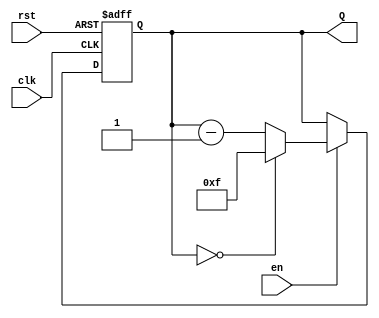
module binary_down_counter #(
    parameter N = 4 // Number of bits for the counter
)(
    input wire clk,      // Clock signal
    input wire rst,      // Asynchronous reset signal
    input wire en,       // Enable signal
    output reg [N-1:0] Q // Current count value
);

// Maximum count value
localparam MAX_COUNT = (1 << N) - 1; // 2^N - 1

always @(posedge clk or posedge rst) begin
    if (rst) begin
        // Reset the counter to maximum value
        Q <= MAX_COUNT;
    end else if (en) begin
        // Decrement the counter
        if (Q == 0) begin
            Q <= MAX_COUNT; // Wrap around
        end else begin
            Q <= Q - 1; // Decrement by 1
        end
    end
    // If enable is low, retain the current value (no action needed)
end

endmodule